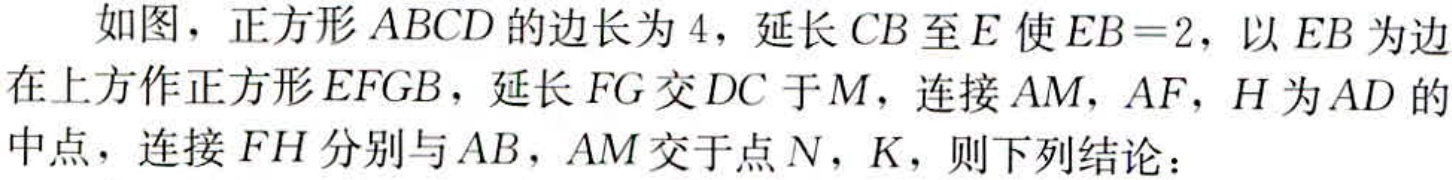
如图，正方形\(ABCD\)的边长为\(4\)，延长\(CB\)至\(E\)使\(EB = 2\)，以\(EB\)为边在上方作正方形\(E F G B\)，延长\(FG\)交\(DC\)于\(M\)，连接\(AM\)，\(AF\)，\(H\)为\(AD\)的中点，连接\(FH\)分别与\(AB\)，\(AM\)交于点\(N\)，\(K\)，则下列结论：